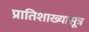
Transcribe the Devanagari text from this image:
प्रातिशाख्यासूत्र